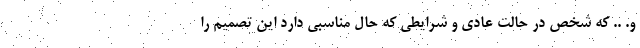
و. .. که شخص در حالت عادی و شرایطی که حال مناسبی دارد این تصمیم را